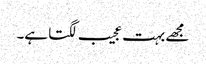
مجھے بہت عجیب لگتا ہے۔